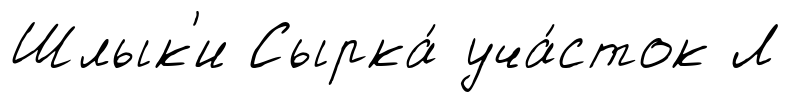
Шлык'и Сырка́ уча́сток Л